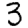
Digit: 3